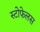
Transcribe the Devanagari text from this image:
स्टोफेलस